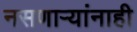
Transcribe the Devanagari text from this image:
नसणार्‍यांनाही